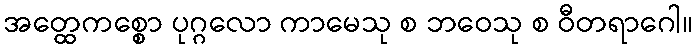
အတ္ထေကစ္စော ပုဂ္ဂလော ကာမေသု စ ဘဝေသု စ ဝီတရာဂေါ။